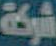
شركة